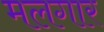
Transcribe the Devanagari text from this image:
मलगार